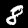
Digit: 8